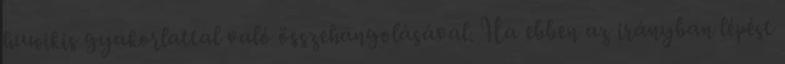
huwikis gyakorlattal való összehangolásával. Ha ebben az irányban lépést